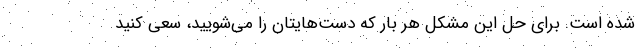
شده است. برای حل این مشکل هر بار که دست‌هایتان را می‌شویید، سعی کنید